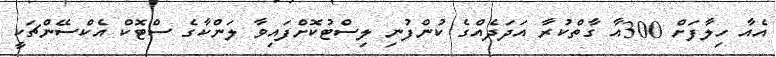
އެއާ ހިލާފަށް 300އާ ގާތްކުރާ އަދަދެއްގެ ކުންފުނި ލިސްޓުކޮށްފައިވާ ލަންކާގެ ސްޓޮކް އެކްސޭންޗަކީ